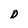
Character: D